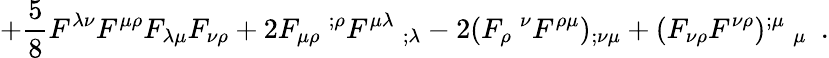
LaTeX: +\frac 58F^{\lambda\nu}F^{\mu\rho}F_{\lambda\mu}F_{\nu\rho}+2F_{\mu\rho}~^{;\rho}F^{\mu\lambda}~_{;\lambda}-2(F_{\rho}~^{\nu}F^{\rho\mu})_{;\nu\mu}+(F_{\nu\rho}F^{\nu\rho})^{;\mu}~_{\mu}~~.